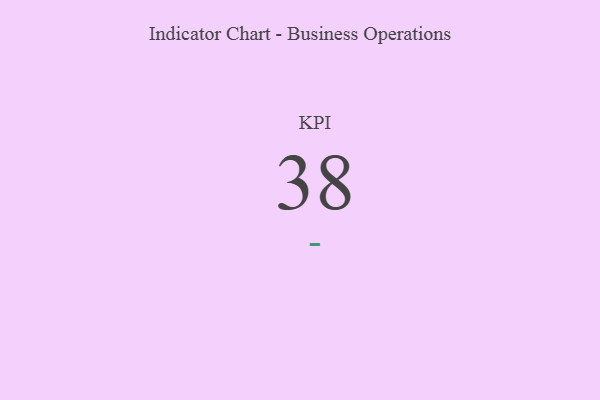
{"axis": {"x": "KPI", "y": "Value"}, "legend": [""], "data": [{"x": "KPI", "y": 38, "type": ""}]}